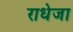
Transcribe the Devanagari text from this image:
राधेजा